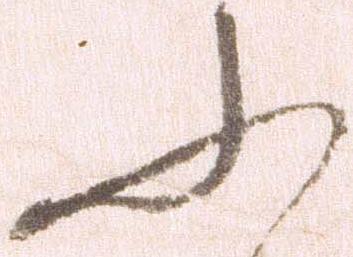
ふ